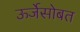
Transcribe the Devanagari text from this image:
ऊर्जेसोबत